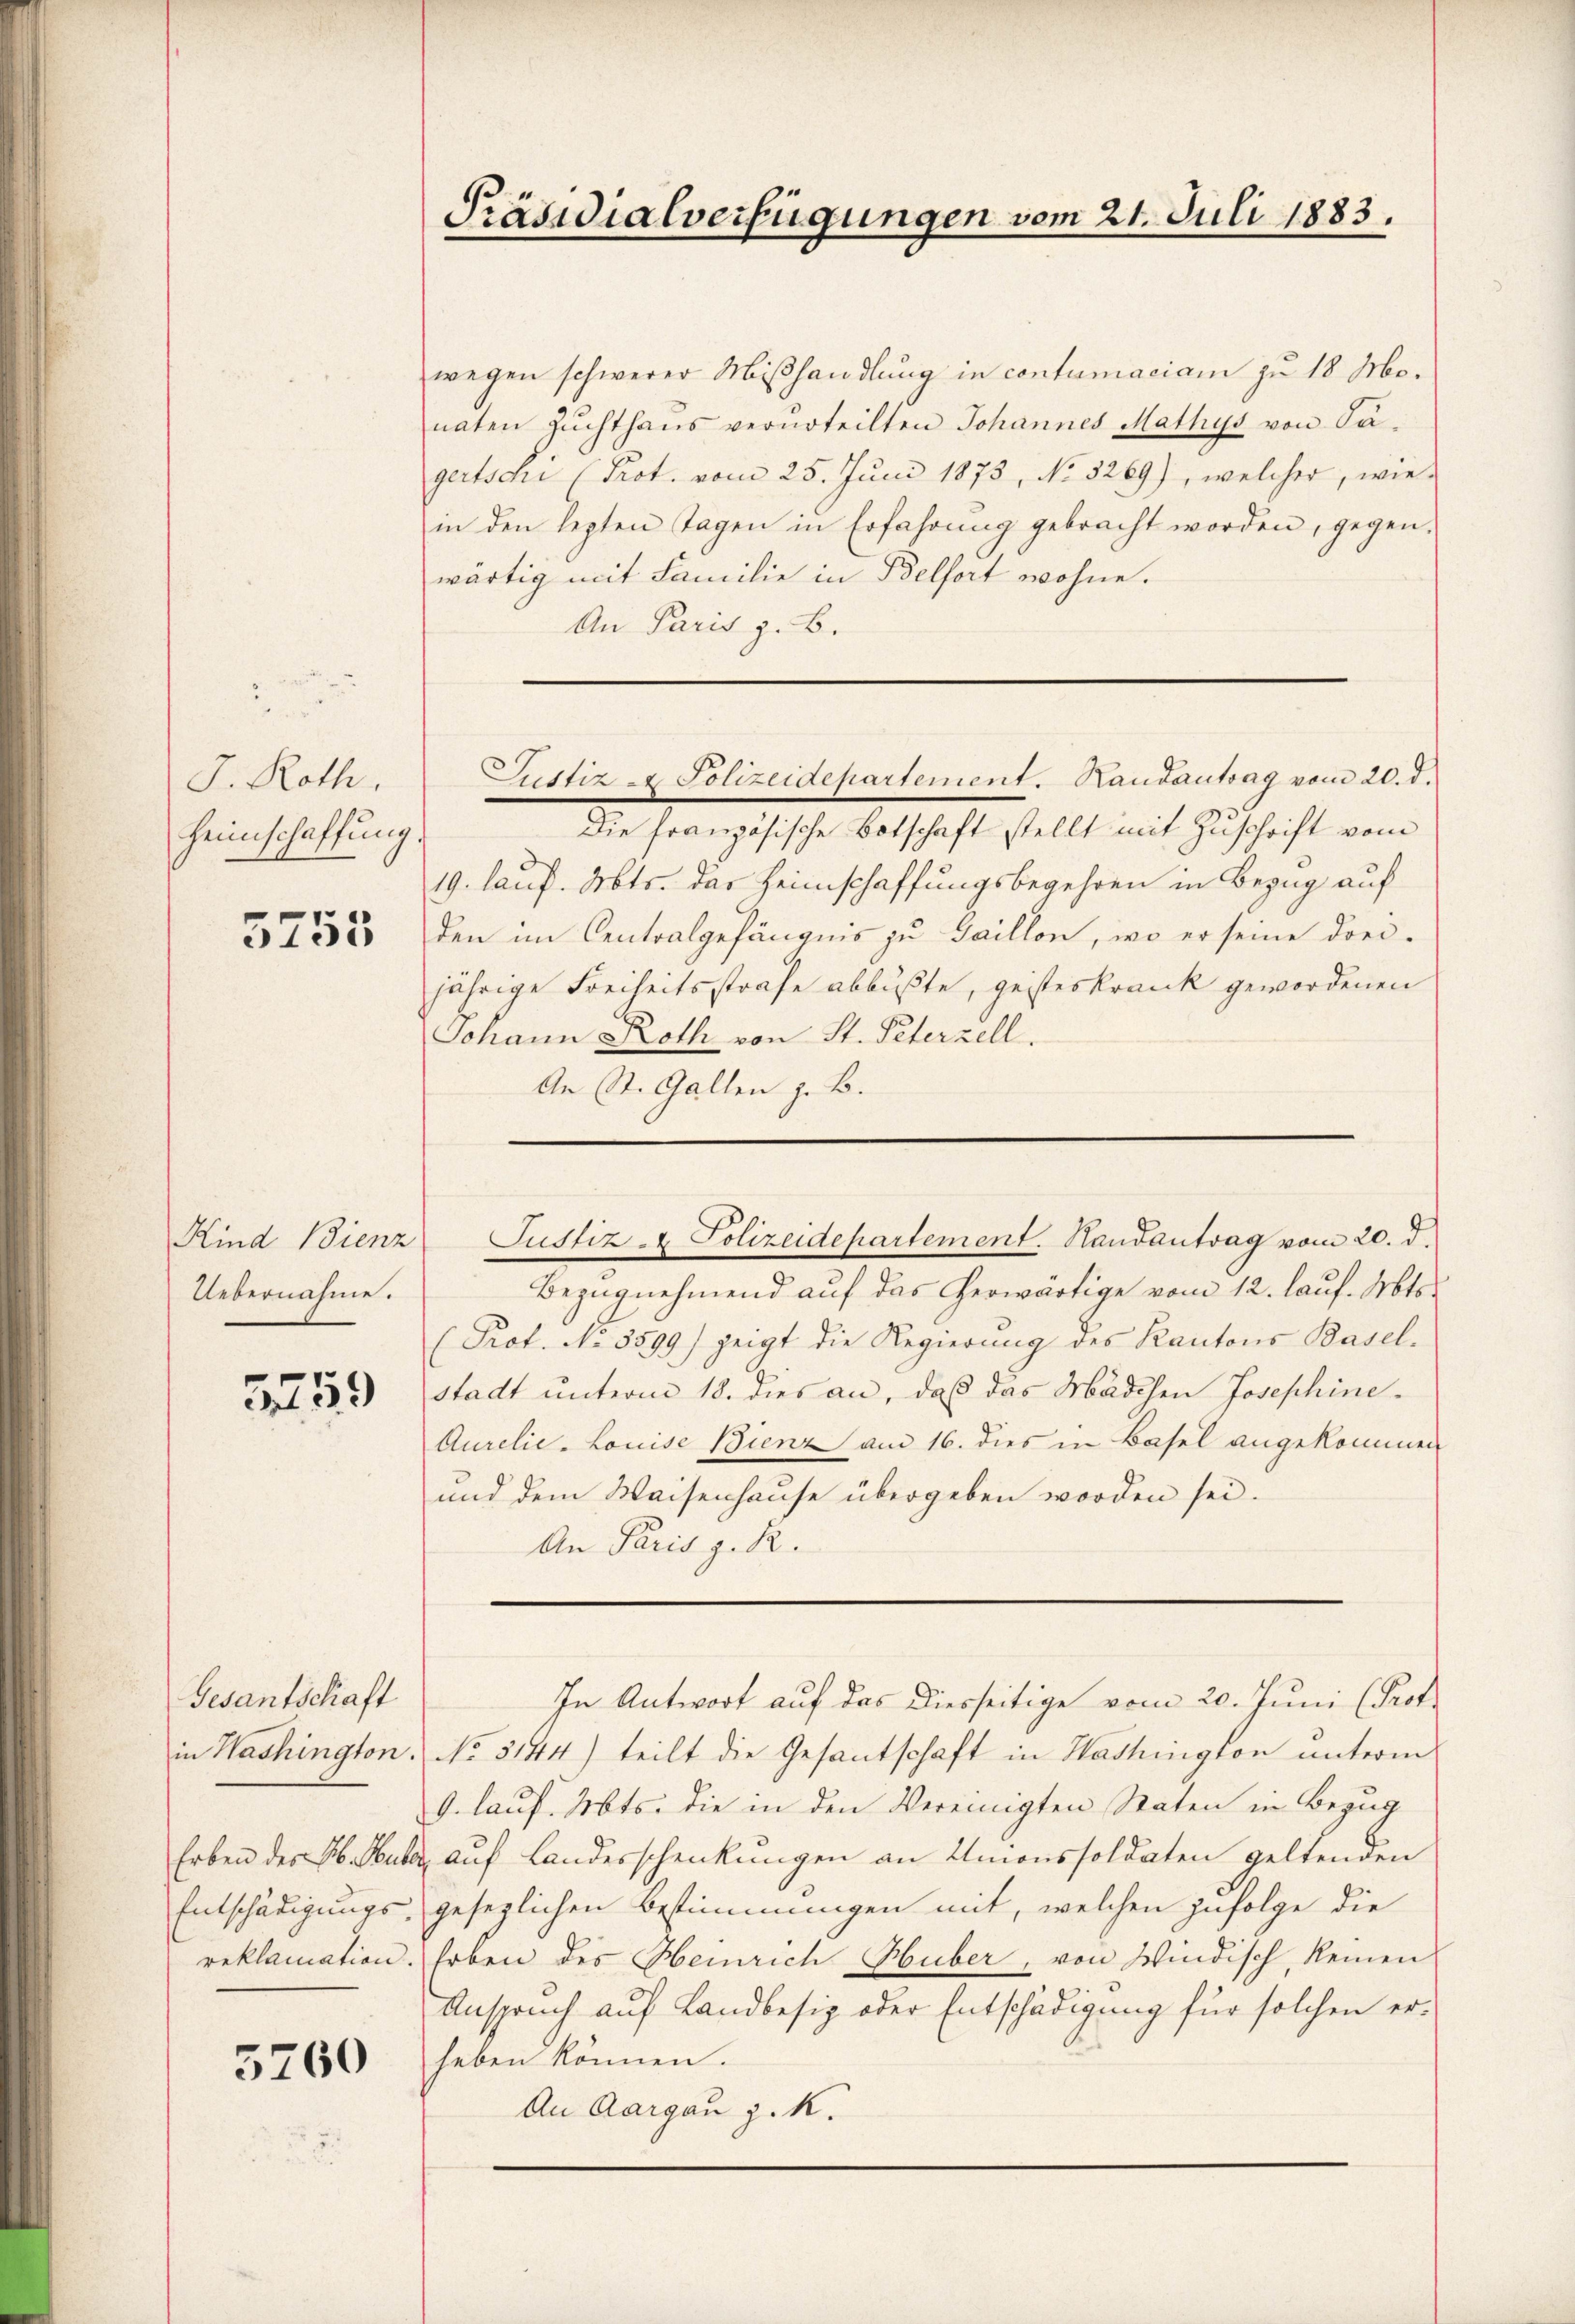
J. Roth,
Heimschaffung.

5755

Kind Bienz
Uebernahme.

559

Gesantschaft

5260

Präsidialverfügungen vom 21. Juli 1883.

wegen schwerer Miβhandlung in contumaciam zu 18 Monaten Zŭchthaŭs verurteilten Johannes Mathys von Sagertschi (Prot. vom 25. Juni 1873, No 5269), welcher, wie-
in den lezten Tagen in Erfahrŭng gebracht worden, gegen-
wärtig mit Familie in Belfort wohne.
An Paris z. B.
Die französische Botschaft stellt mit Zuschrift vom
19. lauf. Mts. das Heimschaffungsbegehren in Bezug auf
den im Centralgefängnis zu Gaillon, wo er seine drei-
jährige Freiheitsstrafe abbüßte, geisteskrank gewordenen
Johann Roth von St. Peterzell.
An St. Gallen z. B.
Justiz- & Polizeidepartement. Handantrag vom 20. d.
Bezugnehmend auf das herwärtige vom 12. lauf. Mts.
(Prot. No. 5599) zeigt die Regierung des Kantons Basel-
stadt unterm 18. dies an, daß das Mädchen Josephine¬
Aurelie-Louise Bienz am 16. dies in Basel angekommen
und dem Waisenhause übergeben worden sei.
An Paris z. R.

Justiz & Polizeidepartement. Handantrag vom 20. d.

in Washington. No. 3144) teilt die Gesantschaft in Washington unterm
G. lauf. Mts. die in den Vereinigten Raten in Bezug
Erben des Ab. Huber auf Landesschenkungen an Unionssoldaten geltenden
Entschädigungs gesezlichen Bestimmungen mit, welchen zufolge die
reklamation. Erben des Heinrich Huber, von Windisch, keinen
Anspruch auf Landbesiz oder Entschädigung für solchen erheben können.
An Aargau z. K.

In Antwort auf das diesseitige vom 20. Juni (Prof.